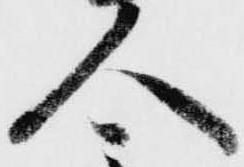
人